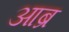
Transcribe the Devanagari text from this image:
आब्र